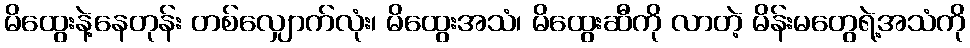
မိထွေးနဲ့နေတုန်း တစ်လျှောက်လုံး၊ မိထွေးအသံ၊ မိထွေးဆီကို လာတဲ့ မိန်းမတွေရဲ့အသံကို